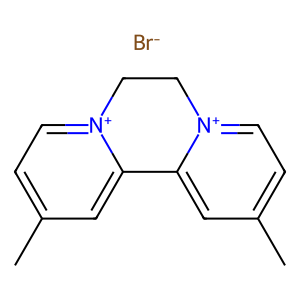
SMILES: Cc1cc[n+]2c(c1)-c1cc(C)cc[n+]1CC2.[Br-]
Inhibits HIV replication: No